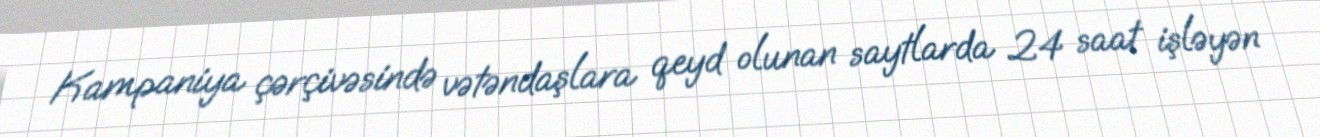
Kampaniya çərçivəsində vətəndaşlara qeyd olunan saytlarda 24 saat işləyən